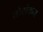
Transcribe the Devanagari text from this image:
तोरांकन